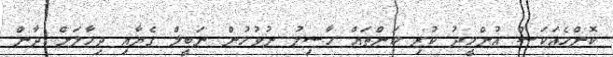
ކޮންމެއަކަސް އުންމީދު ކުރި ކަންތައް ހާސިލު ނުވުމުން ނަބީލް ގެޔާއި ދިމާލަށް ދާން